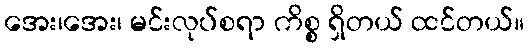
အေး၊အေး၊ မင်းလုပ်စရာ ကိစ္စ ရှိတယ် ထင်တယ်။